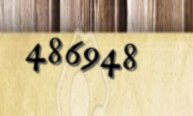
486948